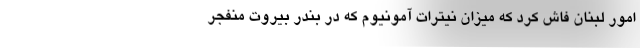
امور لبنان فاش کرد که میزان نیترات آمونیوم که در بندر بیروت منفجر